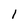
Character: l